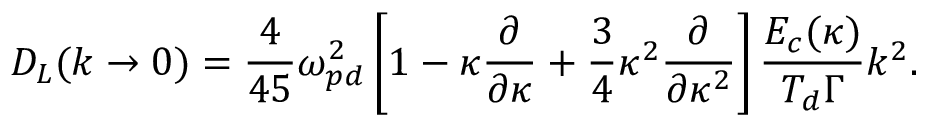
D _ { L } ( { k \to 0 } ) = \frac { 4 } { 4 5 } \omega _ { p d } ^ { 2 } \left[ 1 - \kappa \frac { \partial } { \partial \kappa } + \frac { 3 } { 4 } \kappa ^ { 2 } \frac { \partial } { \partial \kappa ^ { 2 } } \right] \frac { E _ { c } ( \kappa ) } { T _ { d } \Gamma } k ^ { 2 } .